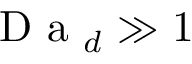
\textrm { D a } _ { d } \gg 1